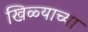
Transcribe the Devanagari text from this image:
खिळ्याच्या